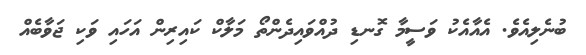
ބުނެލިއެވެ. އެއާއެކު ވަސީމާ ގޮނޑި ދުއްވައިދެންތޯ މަލާކް ކައިރިން އަހައި ވަކި ޖަވާބެއް